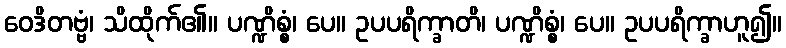
ဝေဒိတဗ္ဗံ၊ သိထိုက်၏။ ပဏ္ဍိစ္စံ၊ ပေ။ ဥပပရိက္ခာတိ၊ ပဏ္ဍိစ္စံ၊ ပေ။ ဥပပရိက္ခာဟူ၍။